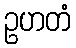
ဥဟတံ